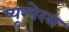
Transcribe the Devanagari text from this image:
प्यूरपेरल